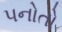
પનોતો